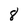
Character: 8